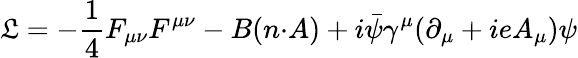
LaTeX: \mathfrak{L}=-\frac{{1}}{{4}}F_{{\mu}{\nu}}F^{{\mu}{\nu}}-B(n{\cdot}A)+i\bar{{\psi}}{\gamma}^{\mu}({\partial}_{\mu}+ieA_{\mu}){\psi}